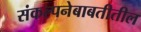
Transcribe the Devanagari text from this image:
संकल्पनेबाबतीतील